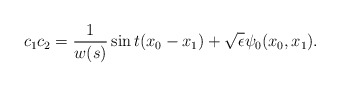
\begin{align*} c_1c_2 = \frac{1}{w(s)} \sin t(x_0 - x_1) + \sqrt{\epsilon} \psi_0 (x_0,x_1).\end{align*}